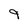
Character: 9